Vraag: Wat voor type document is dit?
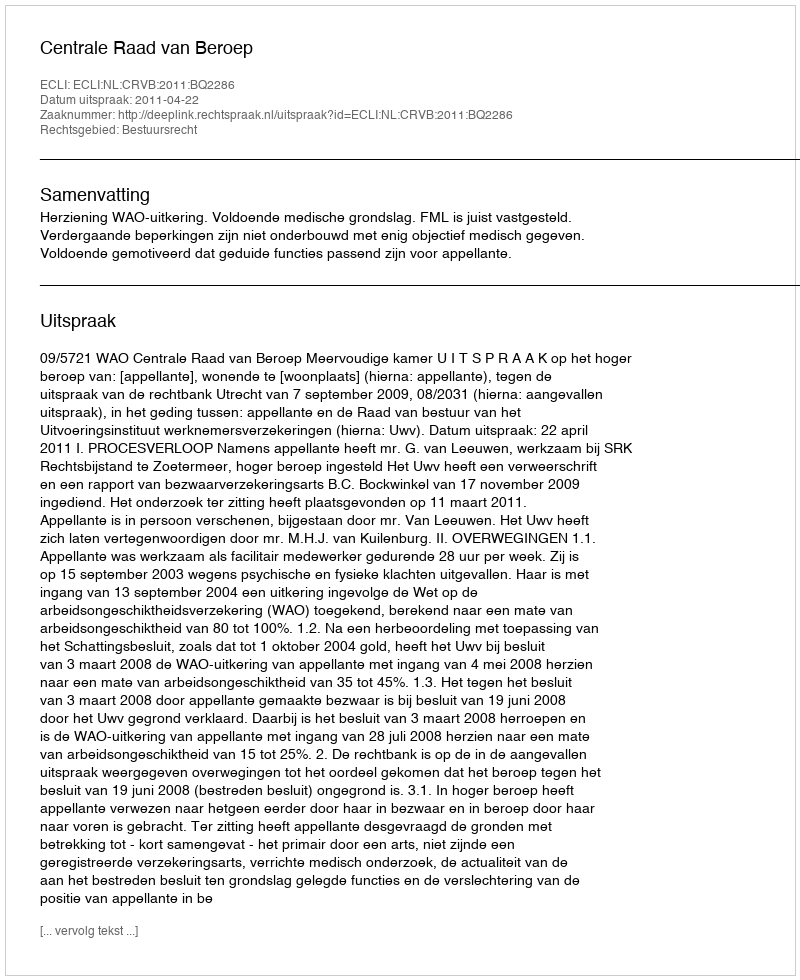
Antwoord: Uitspraak